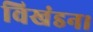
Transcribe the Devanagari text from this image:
विखंडन।